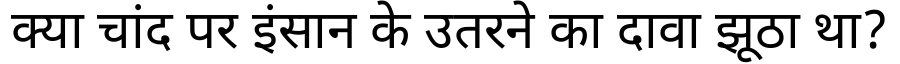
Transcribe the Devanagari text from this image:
क्या चांद पर इंसान के उतरने का दावा झूठा था?